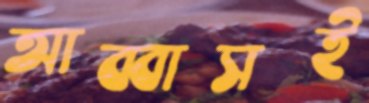
আব্বাসই